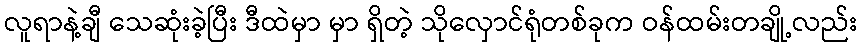
လူရာနဲ့ချီ သေဆုံးခဲ့ပြီး ဒီထဲမှာ မှာ ရှိတဲ့ သိုလှောင်ရုံတစ်ခုက ဝန်ထမ်းတချို့လည်း